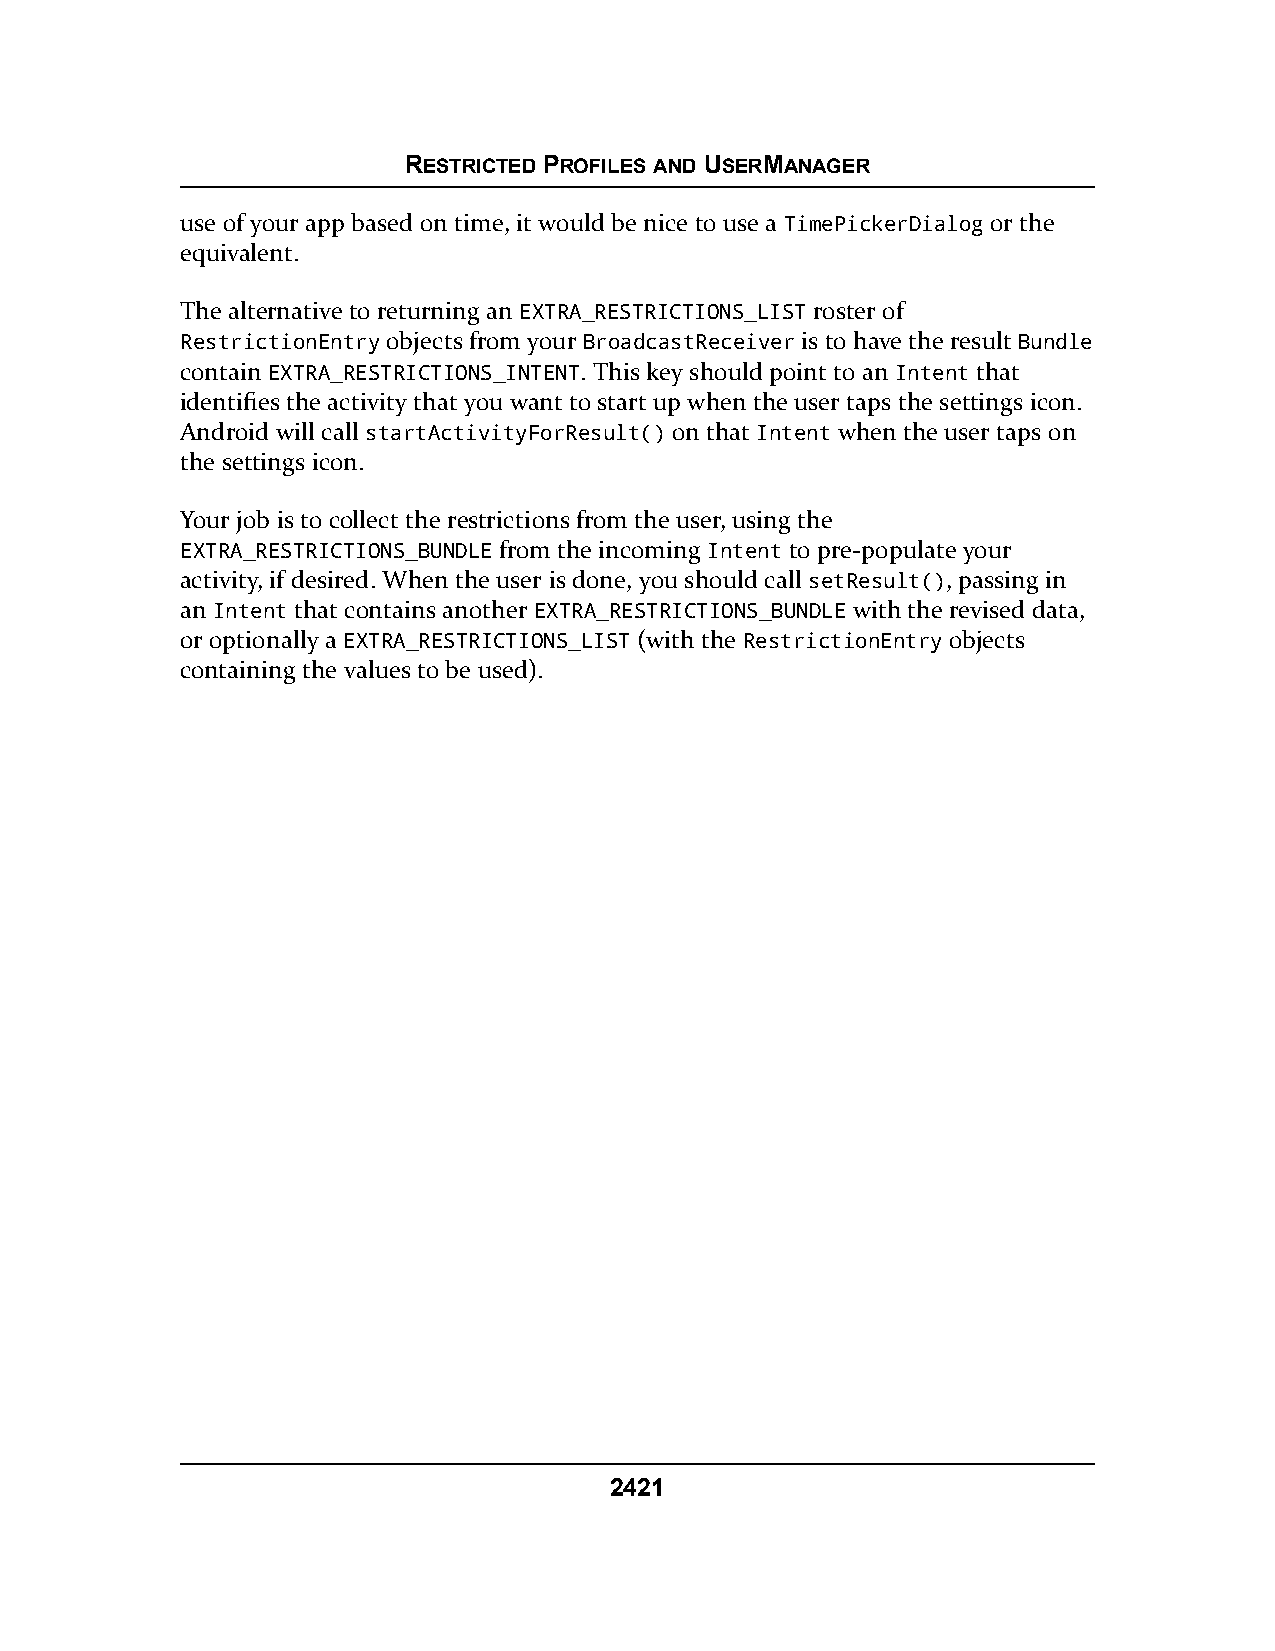
RESTRICTED PROFILES AND USERMANAGER
 use of your app based on time, it would be nice to use a TimePickerDialog or the
 equivalent.
 The alternative to returning an EXTRA_RESTRICTIONS_LIST roster of
 RestrictionEntry objects from your BroadcastReceiver is to have the result Bundle
 contain EXTRA_RESTRICTIONS_INTENT. This key should point to an Intent that
 identifies the activity that you want to start up when the user taps the settings icon.
 Android will call startActivityForResult() on that Intent when the user taps on
 the settings icon.
 Your job is to collect the restrictions from the user, using the
 EXTRA_RESTRICTIONS_BUNDLE from the incoming Intent to pre-populate your
 activity, if desired. When the user is done, you should call setResult(), passing in
 an Intent that contains another EXTRA_RESTRICTIONS_BUNDLE with the revised data,
 or optionally a EXTRA_RESTRICTIONS_LIST (with the RestrictionEntry objects
 containing the values to be used).
 2421